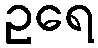
ဥရေ